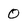
Character: 0